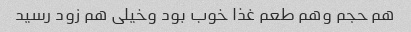
هم حجم وهم طعم غذا خوب بود وخیلی هم زود رسید